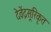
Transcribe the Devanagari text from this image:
देवेंद्रसूरिकृत